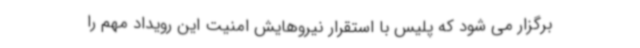
برگزار می شود که پلیس با استقرار نیروهایش امنیت این رویداد مهم را